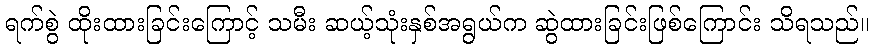
ရက်စွဲ ထိုးထားခြင်းကြောင့် သမီး ဆယ့်သုံးနှစ်အရွယ်က ဆွဲထားခြင်းဖြစ်ကြောင်း သိရသည်။